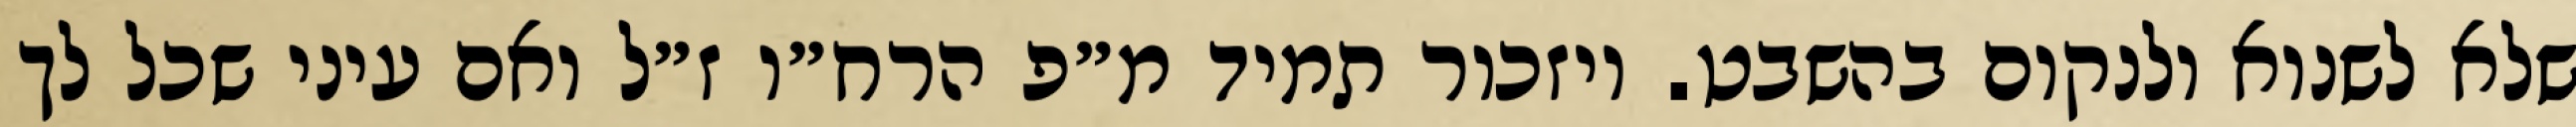
שלא לשנוא ולנקום בהשבט. ויזכור תמיד מ״פ הרח״ו ז״ל ואם עיני שכל לך